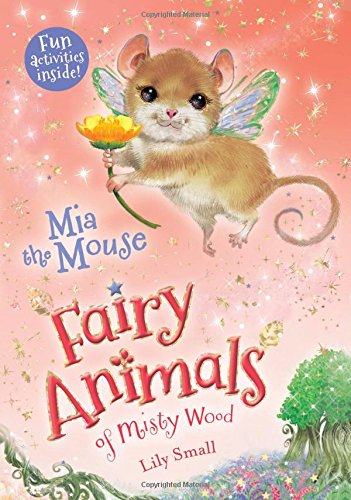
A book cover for Mia the Mouse (Fairy Animals of Misty Wood); Lily Small; Children's Books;